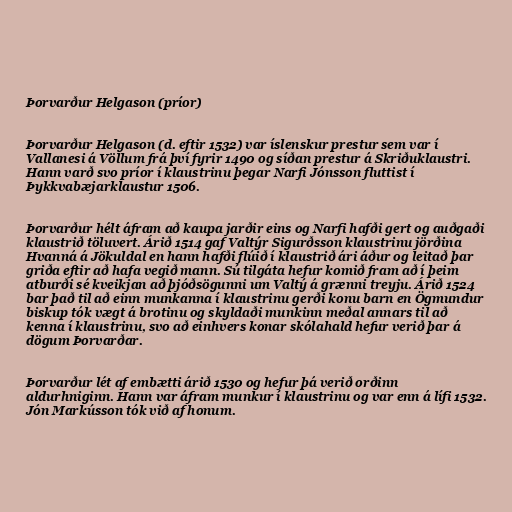
Þorvarður Helgason (príor)

Þorvarður Helgason (d. eftir 1532) var íslenskur prestur sem var í
Vallanesi á Völlum frá því fyrir 1490 og síðan prestur á Skriðuklaustri.
Hann varð svo príor í klaustrinu þegar Narfi Jónsson fluttist í
Þykkvabæjarklaustur 1506.

Þorvarður hélt áfram að kaupa jarðir eins og Narfi hafði gert og auðgaði
klaustrið töluvert. Árið 1514 gaf Valtýr Sigurðsson klaustrinu jörðina
Hvanná á Jökuldal en hann hafði flúið í klaustrið ári áður og leitað þar
griða eftir að hafa vegið mann. Sú tilgáta hefur komið fram að í þeim
atburði sé kveikjan að þjóðsögunni um Valtý á grænni treyju. Árið 1524
bar það til að einn munkanna í klaustrinu gerði konu barn en Ögmundur
biskup tók vægt á brotinu og skyldaði munkinn meðal annars til að
kenna í klaustrinu, svo að einhvers konar skólahald hefur verið þar á
dögum Þorvarðar.

Þorvarður lét af embætti árið 1530 og hefur þá verið orðinn
aldurhniginn. Hann var áfram munkur í klaustrinu og var enn á lífi 1532.
Jón Markússon tók við af honum.